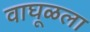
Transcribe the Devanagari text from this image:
वाघूळला